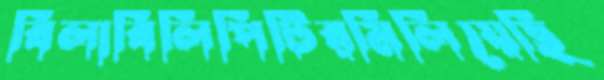
বিলাবিলিপিটিরমিলিয়েছি